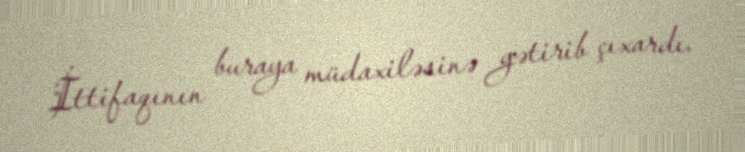
İttifaqının buraya müdaxiləsinə gətirib çıxardı.